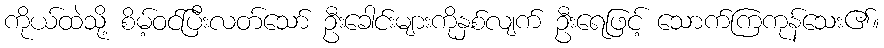
ကိုယ်ထဲသို့ စိမ့်ဝင်ပြီးလတ်သော် ဦးခေါင်းများကိုနှစ်လျက် ဦးရေဖြင့် သောက်ကြကုန်သေး၏။